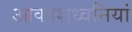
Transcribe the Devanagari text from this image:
आकाशध्वनियां